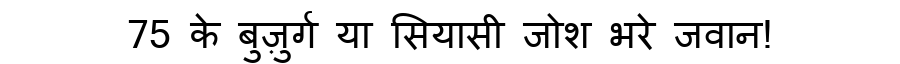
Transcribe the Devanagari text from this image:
75 के बुज़ुर्ग या सियासी जोश भरे जवान!